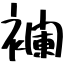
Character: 襴